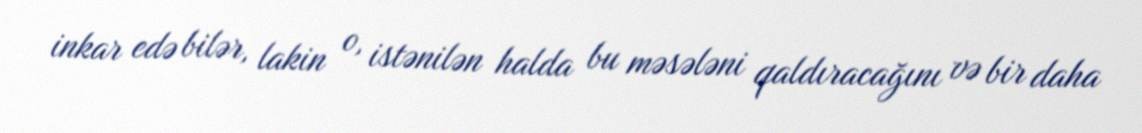
inkar edə bilər, lakin o, istənilən halda bu məsələni qaldıracağını və bir daha